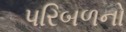
પરિબળનો